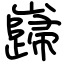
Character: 巋